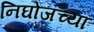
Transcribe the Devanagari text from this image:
निघोजच्या